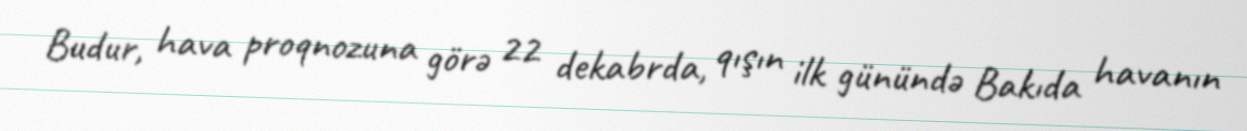
Budur, hava proqnozuna görə 22 dekabrda, qışın ilk günündə Bakıda havanın